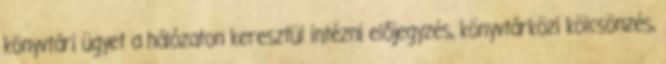
könyvtári ügyet a hálózaton keresztül intézni előjegyzés, könyvtárközi kölcsönzés,